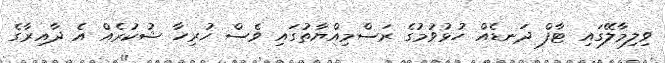
ވިލިމާލޭގައި ޓާފް ދަނޑެއް ހުޅުވުމުގެ ރަސްމިއްޔާތުގައި ވެސް ހުރިހާ ޝުކުރެއް އެ ދާއިރާގެ